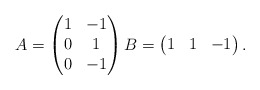
\begin{align*}A = \begin{pmatrix}1 & -1\\0 & 1\\0& - 1\end{pmatrix} B = \begin{pmatrix}1&1&-1\end{pmatrix}.\end{align*}